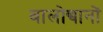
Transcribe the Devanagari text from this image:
बालोद्यानों